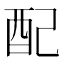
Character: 配